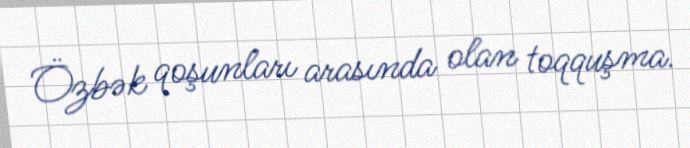
Özbək qoşunları arasında olan toqquşma.